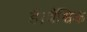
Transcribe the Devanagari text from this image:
हैं।वैश्विक